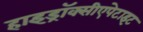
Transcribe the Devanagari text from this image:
हाइड्रॉक्सीएपेटाइट